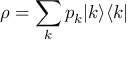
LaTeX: \rho = \sum _ { k } p _ { k } | k \rangle \langle k |